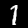
Digit: 1